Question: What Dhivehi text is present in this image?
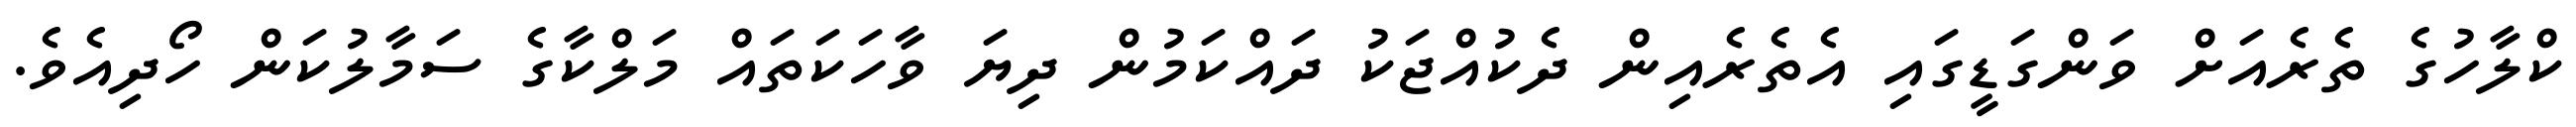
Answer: ކްލާހުގެ ތެރެއަށް ވަންގަޑީގައި އެތެރެއިން ދެކުއްޖަކު ދައްކަމުން ދިޔަ ވާހަކަތައް މަލްކާގެ ސަމާލުކަން ހޯދިއެވެ.